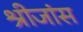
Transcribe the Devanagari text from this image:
श्रीजांस